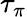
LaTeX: \tau_{\pi}